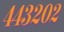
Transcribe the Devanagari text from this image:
४४३२०२